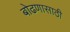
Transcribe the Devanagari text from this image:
बोढणासाठी